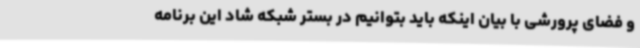
و فضای پرورشی با بیان اینکه باید بتوانیم در بستر شبکه شاد این برنامه